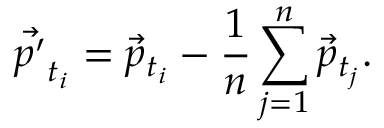
\vec { p ^ { \prime } } _ { t _ { i } } = \vec { p } _ { t _ { i } } - { \frac { 1 } { n } } \sum _ { j = 1 } ^ { n } \vec { p } _ { t _ { j } } .